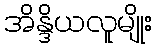
အိန္ဒိယလူမျိုး